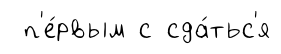
п'е́рвым с сда́тьс'я